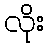
လိုး